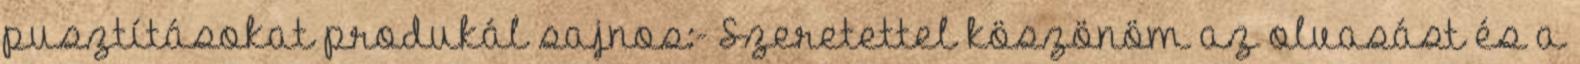
pusztításokat produkál sajnos:- Szeretettel köszönöm az olvasást és a